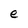
Character: e